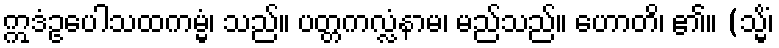
ဣဒံဥပေါသထကမ္မံ၊ သည်။ ပတ္တကလ္လံနာမ၊ မည်သည်။ ဟောတိ၊ ၏။ (သ္မိံ၊